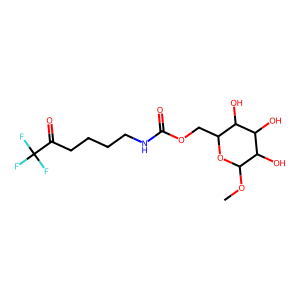
SMILES: COC1OC(COC(=O)NCCCCC(=O)C(F)(F)F)C(O)C(O)C1O
Inhibits HIV replication: No